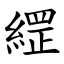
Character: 䌉